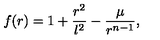
f ( r ) = 1 + \frac { r ^ { 2 } } { l ^ { 2 } } - \frac { \mu } { r ^ { n - 1 } } ,